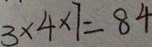
3 \times 4 \times 7 = 8 4